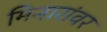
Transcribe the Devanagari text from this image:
मिनारांवर